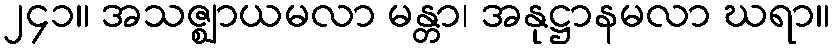
၂၄၁။ အသဇ္ဈာယမလာ မန္တာ၊ အနုဋ္ဌာနမလာ ဃရာ။